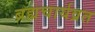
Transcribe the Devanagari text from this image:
ब्रह्मचार्यव्रत